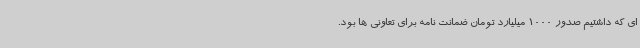
ای که داشتیم صدور 1000 میلیارد تومان ضمانت نامه برای تعاونی ها بود.